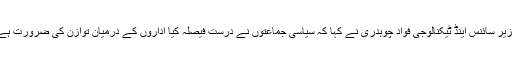
سماجی روابط کی ویب سائٹ ٹوئٹر پر ٹوئٹ کرتے ہوئے وزیر سائنس اینڈ ٹیکنالوجی فواد چوہدری نے کہا کہ سیاسی جماعتوں نے درست فیصلہ کیا اداروں کے درمیان توازن کی ضرورت ہے اور فوج اور عدلیہ دونوں کو اپنی حدود خود دیکھنی چاہیں۔